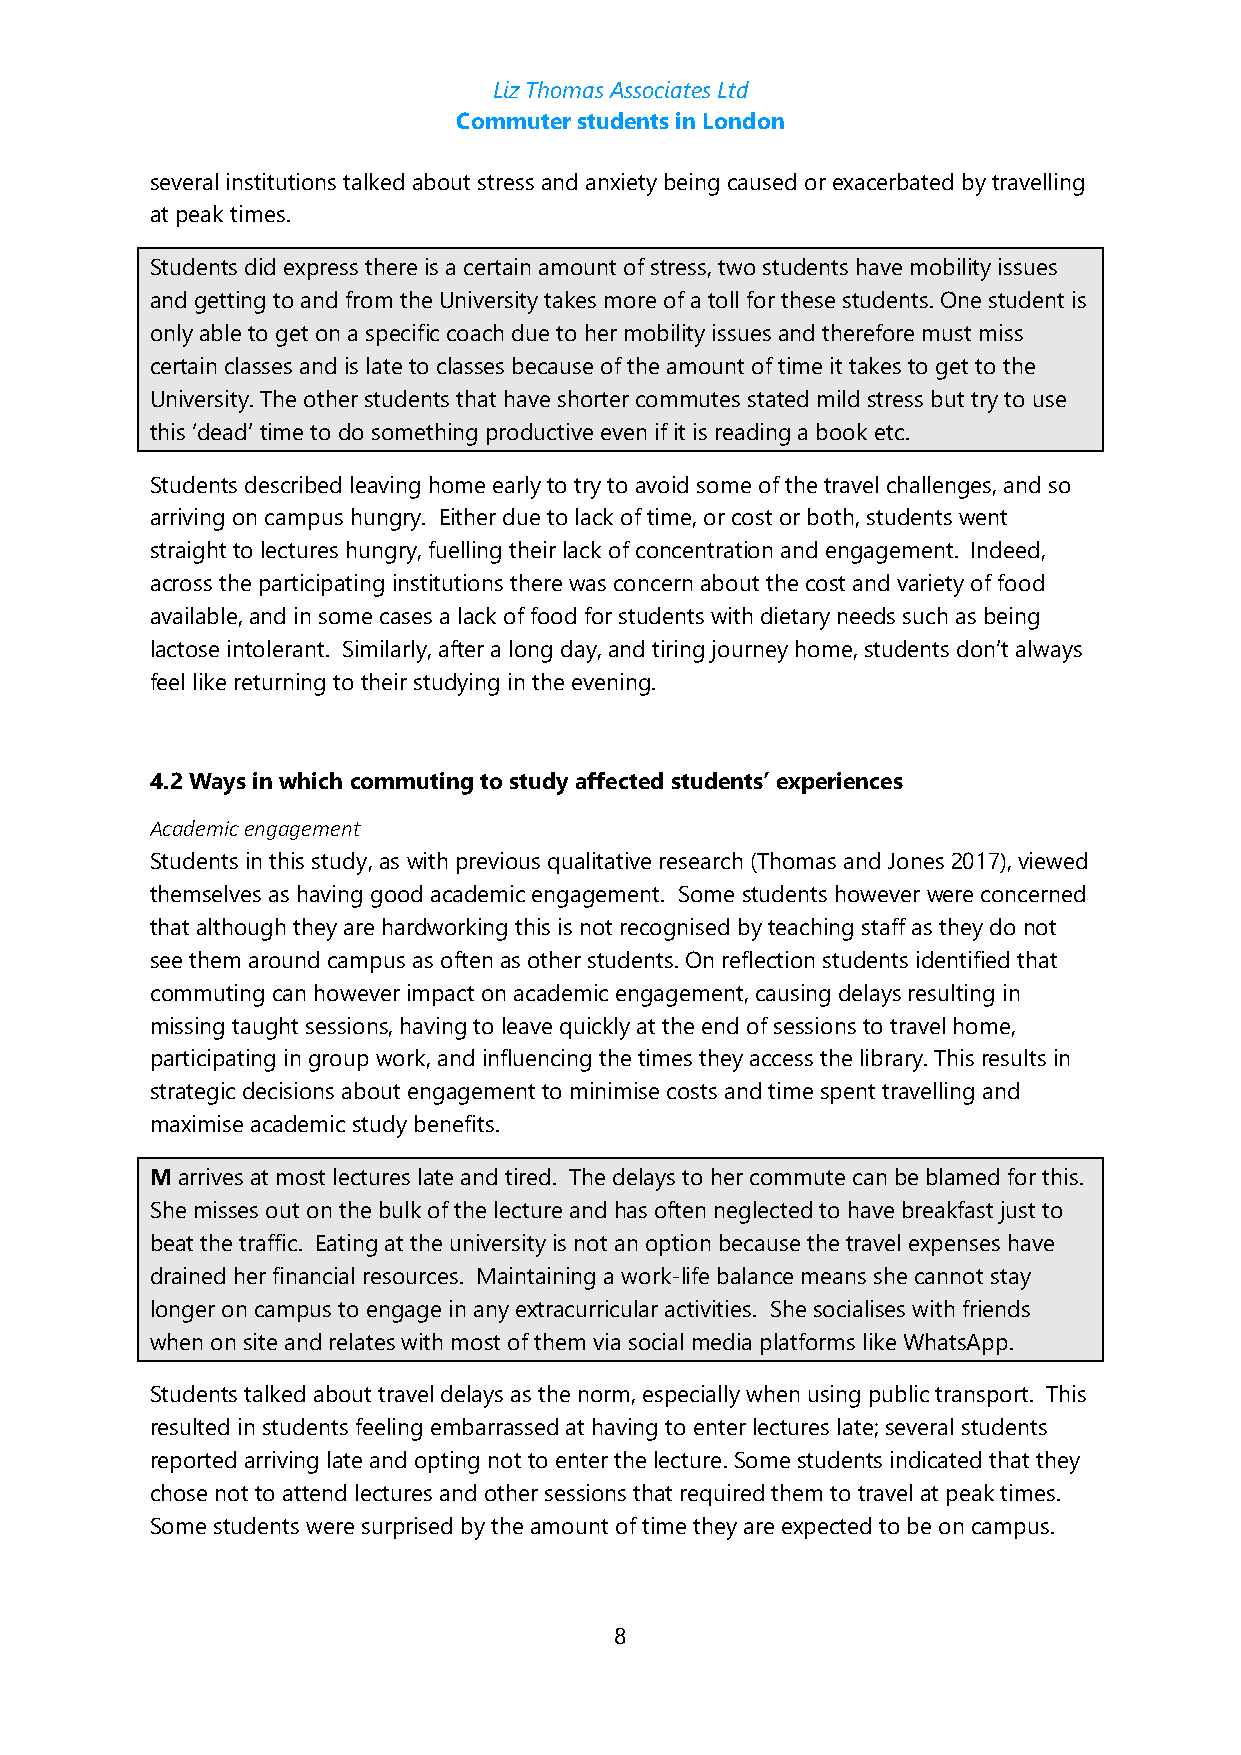
Liz Thomas Associates Ltd
 Commuter students in London
 several institutions talked about stress and anxiety being caused or exacerbated by travelling
 at peak times.
 Students did express there is a certain amount of stress, two students have mobility issues
 and getting to and from the University takes more of a toll for these students. One student is
 only able to get on a specific coach due to her mobility issues and therefore must miss
 certain classes and is late to classes because of the amount of time it takes to get to the
 University. The other students that have shorter commutes stated mild stress but try to use
 this ‘dead’ time to do something productive even if it is reading a book etc.
 Students described leaving home early to try to avoid some of the travel challenges, and so
 arriving on campus hungry. Either due to lack of time, or cost or both, students went
 straight to lectures hungry, fuelling their lack of concentration and engagement. Indeed,
 across the participating institutions there was concern about the cost and variety of food
 available, and in some cases a lack of food for students with dietary needs such as being
 lactose intolerant. Similarly, after a long day, and tiring journey home, students don’t always
 feel like returning to their studying in the evening.
 4.2 Ways in which commuting to study affected students’ experiences
 Academic engagement
 Students in this study, as with previous qualitative research (Thomas and Jones 2017), viewed
 themselves as having good academic engagement. Some students however were concerned
 that although they are hardworking this is not recognised by teaching staff as they do not
 see them around campus as often as other students. On reflection students identified that
 commuting can however impact on academic engagement, causing delays resulting in
 missing taught sessions, having to leave quickly at the end of sessions to travel home,
 participating in group work, and influencing the times they access the library. This results in
 strategic decisions about engagement to minimise costs and time spent travelling and
 maximise academic study benefits.
 M arrives at most lectures late and tired. The delays to her commute can be blamed for this.
 She misses out on the bulk of the lecture and has often neglected to have breakfast just to
 beat the traffic. Eating at the university is not an option because the travel expenses have
 drained her financial resources. Maintaining a work-life balance means she cannot stay
 longer on campus to engage in any extracurricular activities. She socialises with friends
 when on site and relates with most of them via social media platforms like WhatsApp.
 Students talked about travel delays as the norm, especially when using public transport. This
 resulted in students feeling embarrassed at having to enter lectures late; several students
 reported arriving late and opting not to enter the lecture. Some students indicated that they
 chose not to attend lectures and other sessions that required them to travel at peak times.
 Some students were surprised by the amount of time they are expected to be on campus.
 8